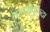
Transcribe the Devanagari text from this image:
लातरीकुन्दा